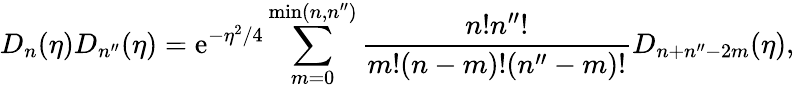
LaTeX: D_{n}(\eta)D_{n^{\prime\prime}}(\eta)=\mathrm{e}^{-\eta^{2}/4}\sum_{m=0}^{\mathrm{min}(n,n^{\prime\prime})}\frac{n!n^{\prime\prime}!}{m!(n-m)!(n^{\prime\prime}-m)!}D_{n+n^{\prime\prime}-2m}(\eta),